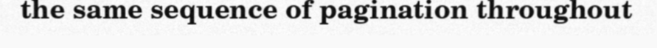
the same sequence of pagination throughout